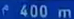
^400m